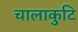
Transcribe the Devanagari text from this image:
चालाकुटि